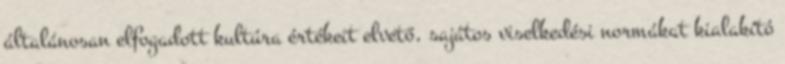
általánosan elfogadott kultúra értékeit elvető, sajátos viselkedési normákat kialakító